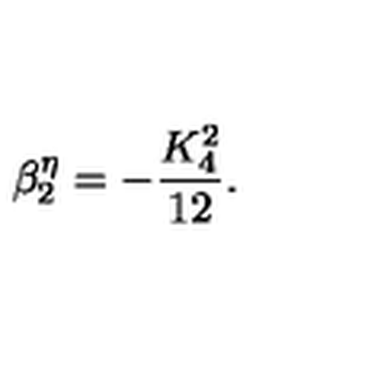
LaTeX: \beta _ { 2 } ^ { \eta } = - \frac { K _ { 4 } ^ { 2 } } { 1 2 } .